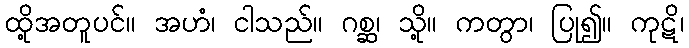
ထို့အတူပင်။ အဟံ၊ ငါသည်။ ဂစ္ဆ၊ သို့။ ကတွာ၊ ပြု၍။ ကုဋိ၊